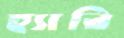
হ্যারি